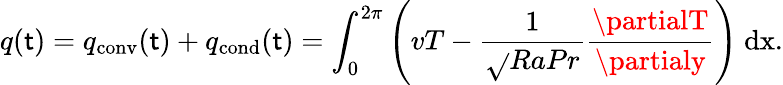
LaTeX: q(\mathsf{t})=q_{\mathrm{{{conv}}}}(\mathsf{t})+q_{\mathrm{{{cond}}}}(\mathsf{t})=\int_{0}^{2\pi}\left(vT-\frac{{1}}{{\sqrt{}{{RaPr}}}}\frac{{\partialT}}{{\partialy}}\right)\ \mathrm{{{d}x.}}